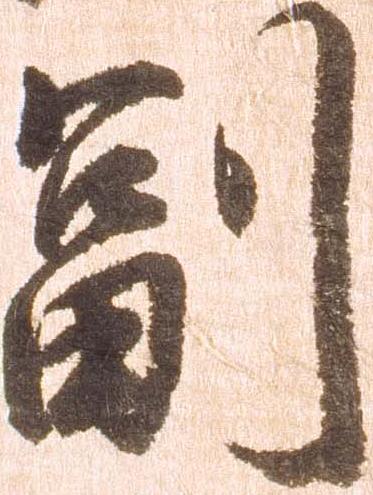
副